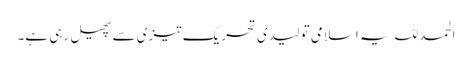
الحمدللہ یہ اسلامی تو لیدی تحریک تیزی سے پھیل رہی ہے۔